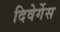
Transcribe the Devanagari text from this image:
दिवेर्गेस